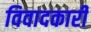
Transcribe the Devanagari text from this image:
विवादकारी